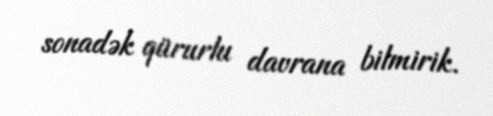
sonadək qürurlu davrana bilmirik.